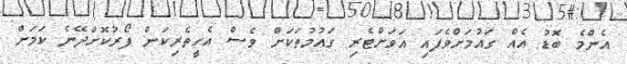
އެންމެ ބޮޑު އެެއް ގައުމަށްވެފައި އަވަށްޓެރި ގައުމުތަކަށް ވެސް އެހީތެރިކަން ފޯރުކޮށްދޭނެ ކަމަށް